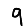
Digit: 9